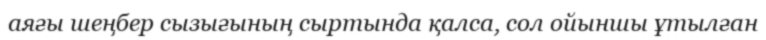
аяғы шеңбер сызығының сыртында қалса, сол ойыншы ұтылған